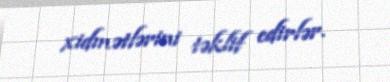
xidmətlərini təklif edirlər.